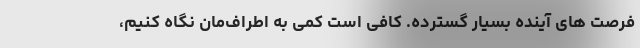
فرصت های آینده بسیار گسترده. کافی است کمی به اطراف‌مان نگاه کنیم،